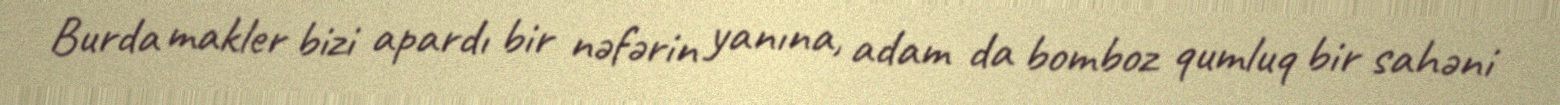
Burda makler bizi apardı bir nəfərin yanına, adam da bomboz qumluq bir sahəni